Civil Veterinary Department. Madras. Admin. report 1926-33 - 1926-1933
Year: 1926
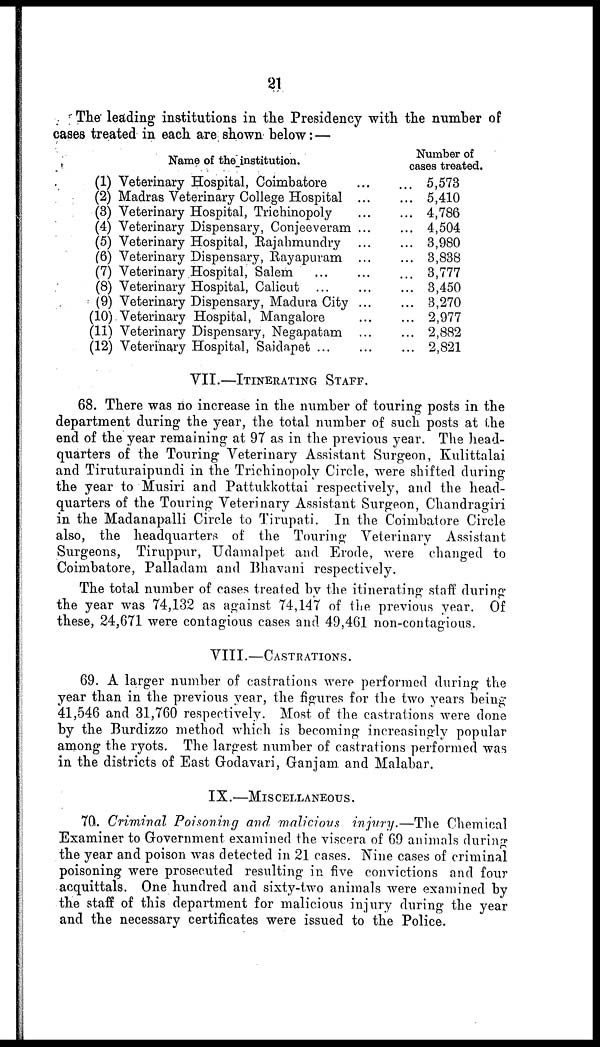
21
The leading institutions in the Presidency with the number op
oases treated in each are shown below:—
Name of the institution.
(1) Veterinary Hospital, Coimbatore …
(2) Madras Veterinary College Hospital ...
(3) Veterinary Hospital, Trichinopoly …
(4) Veterinary Dispensary, Conjeeveram ...
(5) Veterinary Hospital, Rajahmundry …
(6) Veterinary Dispensary, Rayapuram ...
(7) Veterinary Hospital, Salem … …
(8) Veterinary Hospital, Calicut … …
(9) Veterinary Dispensary, Madura City ...
(10) Veterinary Hospital, Mangalore …
(11) Veterinary Dispensary, Negapatam ...
(12) Veterinary Hospital, Saidapet … …
Number of
cases treated.
... 5,578
... 5,410
... 4,786
... 4,504
... 3,980
... 3,838
... 3,777
... 3,450
... 3,270
... 2,977
... 2,882
... 2,821
VII.—ITINERATING STAFF.
68. There was no increase in the number of touring posts in the
department during the year, the total number of such posts at the
end of the year remaining at 97 as in the previous year. The head-
quarters of the Touring Veterinary Assistant Surgeon, Kulittalai
and Tiruturaipundi in the Trichinopoly Circle, were shifted during
the year to Musiri and Pattukkottai respectively, and the head-
quarters of the Touring Veterinary Assistant Surgeon, Chandragiri
in the Madanapalli Circle to Tirupati. In the Coimbatore Circle
also, the headquarters of the Touring Veterinary Assistant
Surgeons, Tiruppur, Udamalpet and Erode, were changed to
Coimbatore, Palladam and Bhavani respectively.
The total number of cases treated by the itinerating staff during
the year was 74,132 as against 74,147 of the previous year. Of
these, 24,671 were contagious cases and 49,461 non-contagious.
VIII.—CASTRATIONS.
69. A larger number of castrations were performed during the
year than in the previous year, the figures for the two years being
41,546 and 31,760 respectively. Most of the castrations were done
by the Burdizzo method which is becoming increasingly popular
among the ryots. The largest number of castrations performed was
in the districts of East Godavari, Ganjam and Malabar.
IX.—MISCELLANEOUS.
70. Criminal Poisoning and malicious injury.—The Chemical
Examiner to Government examined the viscera of 69 animals during
the year and poison was detected in 21 cases. Nine cases of criminal
poisoning were prosecuted resulting in five convictions and four
acquittals. One hundred and sixty-two animals were examined by
the staff of this department for malicious injury during the year
and the necessary certificates were issued to the Police.